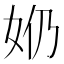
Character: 𫰕